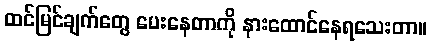
ထင်မြင်ချက်တွေ ပေးနေတာကို နားထောင်နေရသေးတာ။